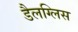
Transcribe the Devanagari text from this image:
डैलग्लिस